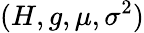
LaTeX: (H,g,\mu,\sigma^{2})